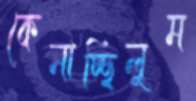
কেনাচ্ছিলুম